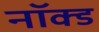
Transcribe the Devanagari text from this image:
नॉक्ड